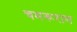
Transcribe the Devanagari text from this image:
चमरूराम